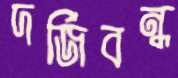
দর্জিবন্ধ